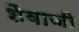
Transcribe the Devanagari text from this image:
शैवाजी